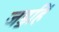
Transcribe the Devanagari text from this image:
जड॒हिं